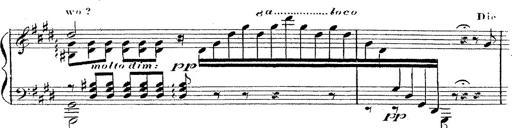
Title: 12 Lieder von Franz Schubert
Composer: Franz Liszt